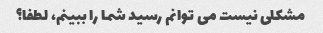
مشکلی نیست می توانم رسید شما را ببینم، لطفا؟